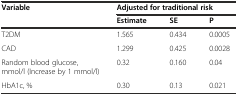
<table><thead><tr><td><b>Variable</b></td><td colspan="3"><b>Adjusted for traditional risk</b></td></tr><tr><td></td><td><b>Estimate</b></td><td><b>SE</b></td><td><b>P</b></td></tr></thead><tbody><tr><td>T2DM</td><td>1.565</td><td>0.434</td><td>0.0005</td></tr><tr><td>CAD</td><td>1.299</td><td>0.425</td><td>0.0028</td></tr><tr><td>Random blood glucose, mmol/l (Increase by 1 mmol/l)</td><td>0.32</td><td>0.160</td><td>0.04</td></tr><tr><td>HbA1c, %</td><td>0.30</td><td>0.13</td><td>0.021</td></tr></tbody></table>